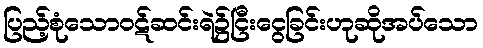
ပြည့်စုံသောဝဋ်ဆင်းရဲ၌ငြီးငွေခြင်းဟုဆိုအပ်သော